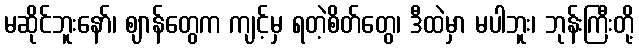
မဆိုင်ဘူးနော်၊ ဈာန်တွေက ကျင့်မှ ရတဲ့စိတ်တွေ၊ ဒီထဲမှာ မပါဘူး၊ ဘုန်းကြီးတို့